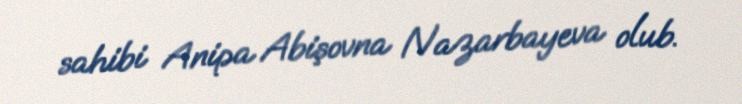
sahibi Anipa Abişovna Nazarbayeva olub.